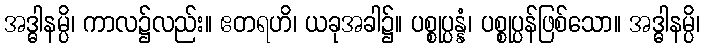
အဒ္ဓါနမ္ပိ၊ ကာလ၌လည်း။ ဧတရဟိ၊ ယခုအခါ၌။ ပစ္စုပ္ပန္နံ၊ ပစ္စုပ္ပန်ဖြစ်သော။ အဒ္ဓါနမ္ပိ၊